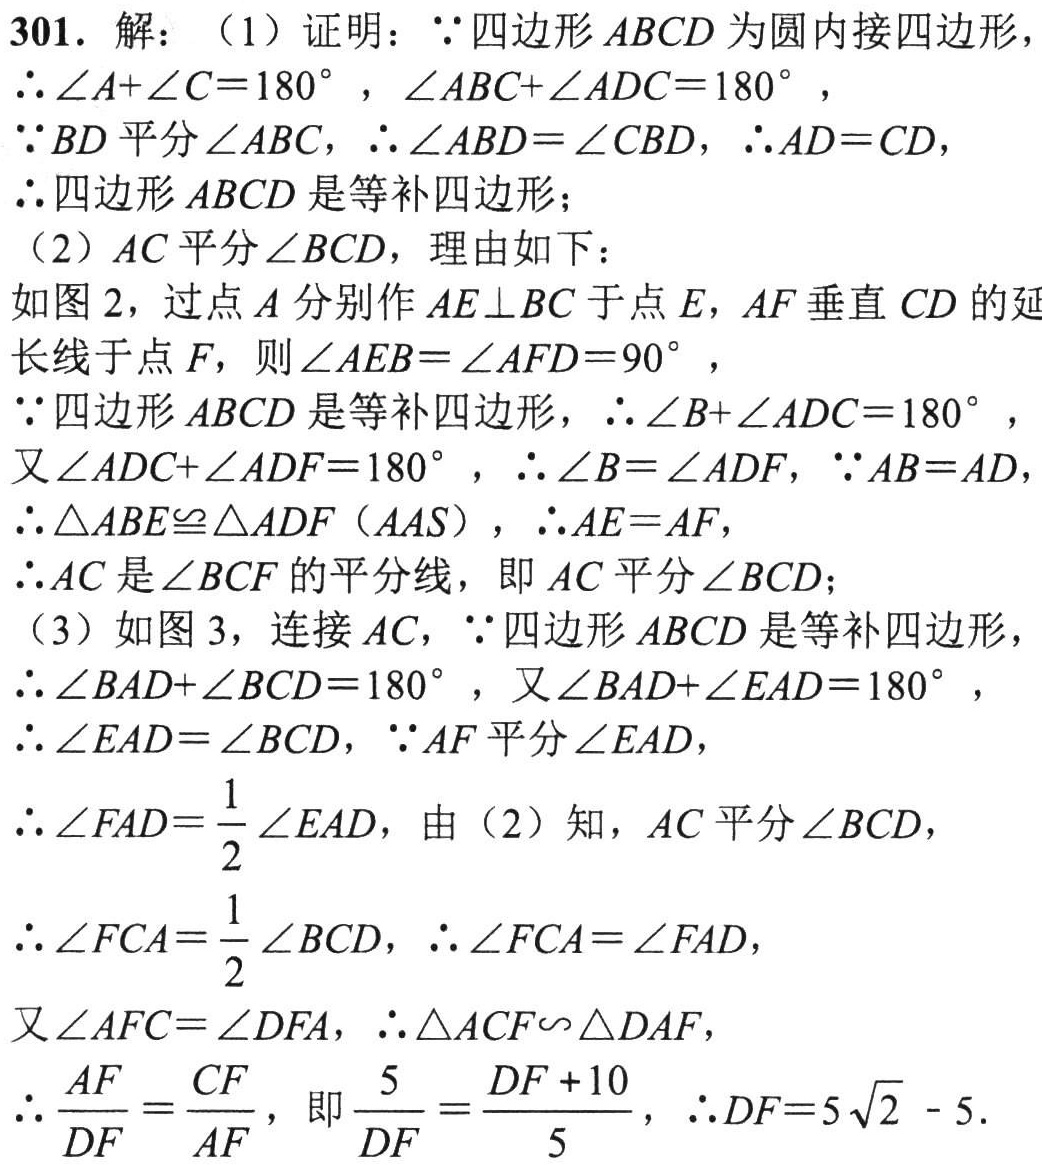
301. 解：（1）证明：\(\because\)四边形\(ABCD\)为圆内接四边形，

\(\therefore\angle A+\angle C = 180^{\circ}\)，\(\angle ABC+\angle ADC = 180^{\circ}\)，

\(\because BD\)平分\(\angle ABC\)，\(\therefore\angle ABD=\angle CBD\)，\(\therefore AD = CD\)，

\(\therefore\)四边形\(ABCD\)是等补四边形；

（2）\(AC\)平分\(\angle BCD\)，理由如下：

如图2，过点\(A\)分别作\(AE\perp BC\)于点\(E\)，\(AF\)垂直\(CD\)的延长线于点\(F\)，则\(\angle AEB=\angle AFD = 90^{\circ}\)，

\(\because\)四边形\(ABCD\)是等补四边形，\(\therefore\angle B+\angle ADC = 180^{\circ}\)，

又\(\angle ADC+\angle ADF = 180^{\circ}\)，\(\therefore\angle B=\angle ADF\)，\(\because AB = AD\)，

\(\therefore\triangle ABE\cong\triangle ADF(AAS)\)，\(\therefore AE = AF\)，

\(\therefore AC\)是\(\angle BCF\)的平分线，即\(AC\)平分\(\angle BCD\)；

（3）如图3，连接\(AC\)，\(\because\)四边形\(ABCD\)是等补四边形，

\(\therefore\angle BAD+\angle BCD = 180^{\circ}\)，又\(\angle BAD+\angle EAD = 180^{\circ}\)，

\(\therefore\angle EAD=\angle BCD\)，\(\because AF\)平分\(\angle EAD\)，

\(\therefore\angle FAD=\frac{1}{2}\angle EAD\)，由（2）知，\(AC\)平分\(\angle BCD\)，

\(\therefore\angle FCA=\frac{1}{2}\angle BCD\)，\(\therefore\angle FCA=\angle FAD\)，

又\(\angle AFC=\angle DFA\)，\(\therefore\triangle ACF\sim\triangle DAF\)，

\(\therefore\frac{AF}{DF}=\frac{CF}{AF}\)，即\(\frac{5}{DF}=\frac{DF + 10}{5}\)，\(\therefore DF = 5\sqrt{2}-5\)．